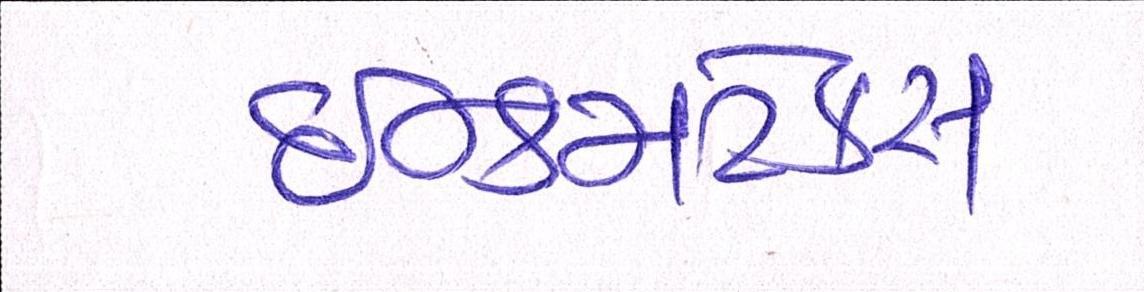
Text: ઈન્કમટેક્સ